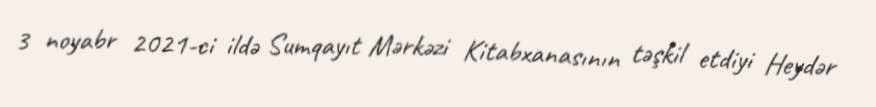
3 noyabr 2021-ci ildə Sumqayıt Mərkəzi Kitabxanasının təşkil etdiyi Heydər